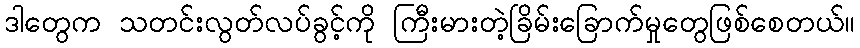
ဒါတွေက သတင်းလွတ်လပ်ခွင့်ကို ကြီးမားတဲ့ခြိမ်းခြောက်မှုတွေဖြစ်စေတယ်။